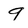
Character: 9